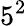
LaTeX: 5^{2}